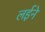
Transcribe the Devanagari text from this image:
लईने